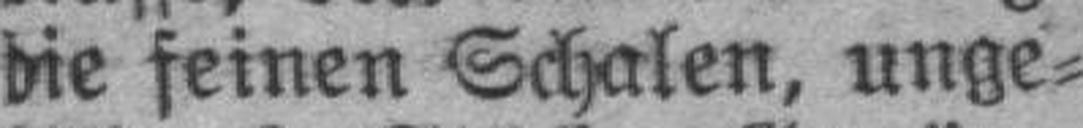
die feinen Schalen, unge¬